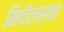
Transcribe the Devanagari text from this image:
मिचेलसन